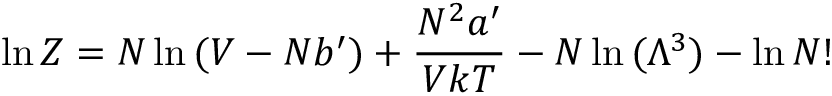
\ln Z = N \ln { ( V - N b ^ { \prime } ) } + { \frac { N ^ { 2 } a ^ { \prime } } { V k T } } - N \ln { ( \Lambda ^ { 3 } ) } - \ln { N ! }